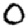
Digit: 0